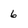
Character: 6